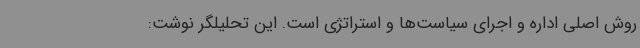
روش اصلی اداره و اجرای سیاست‌ها و استراتژی است. این تحلیلگر نوشت: